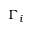
\Gamma _ { i }